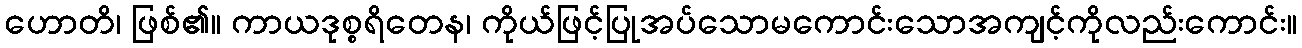
ဟောတိ၊ ဖြစ်၏။ ကာယဒုစ္စရိတေန၊ ကိုယ်ဖြင့်ပြုအပ်သောမကောင်းသောအကျင့်ကိုလည်းကောင်း။